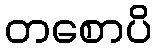
တစောပိ